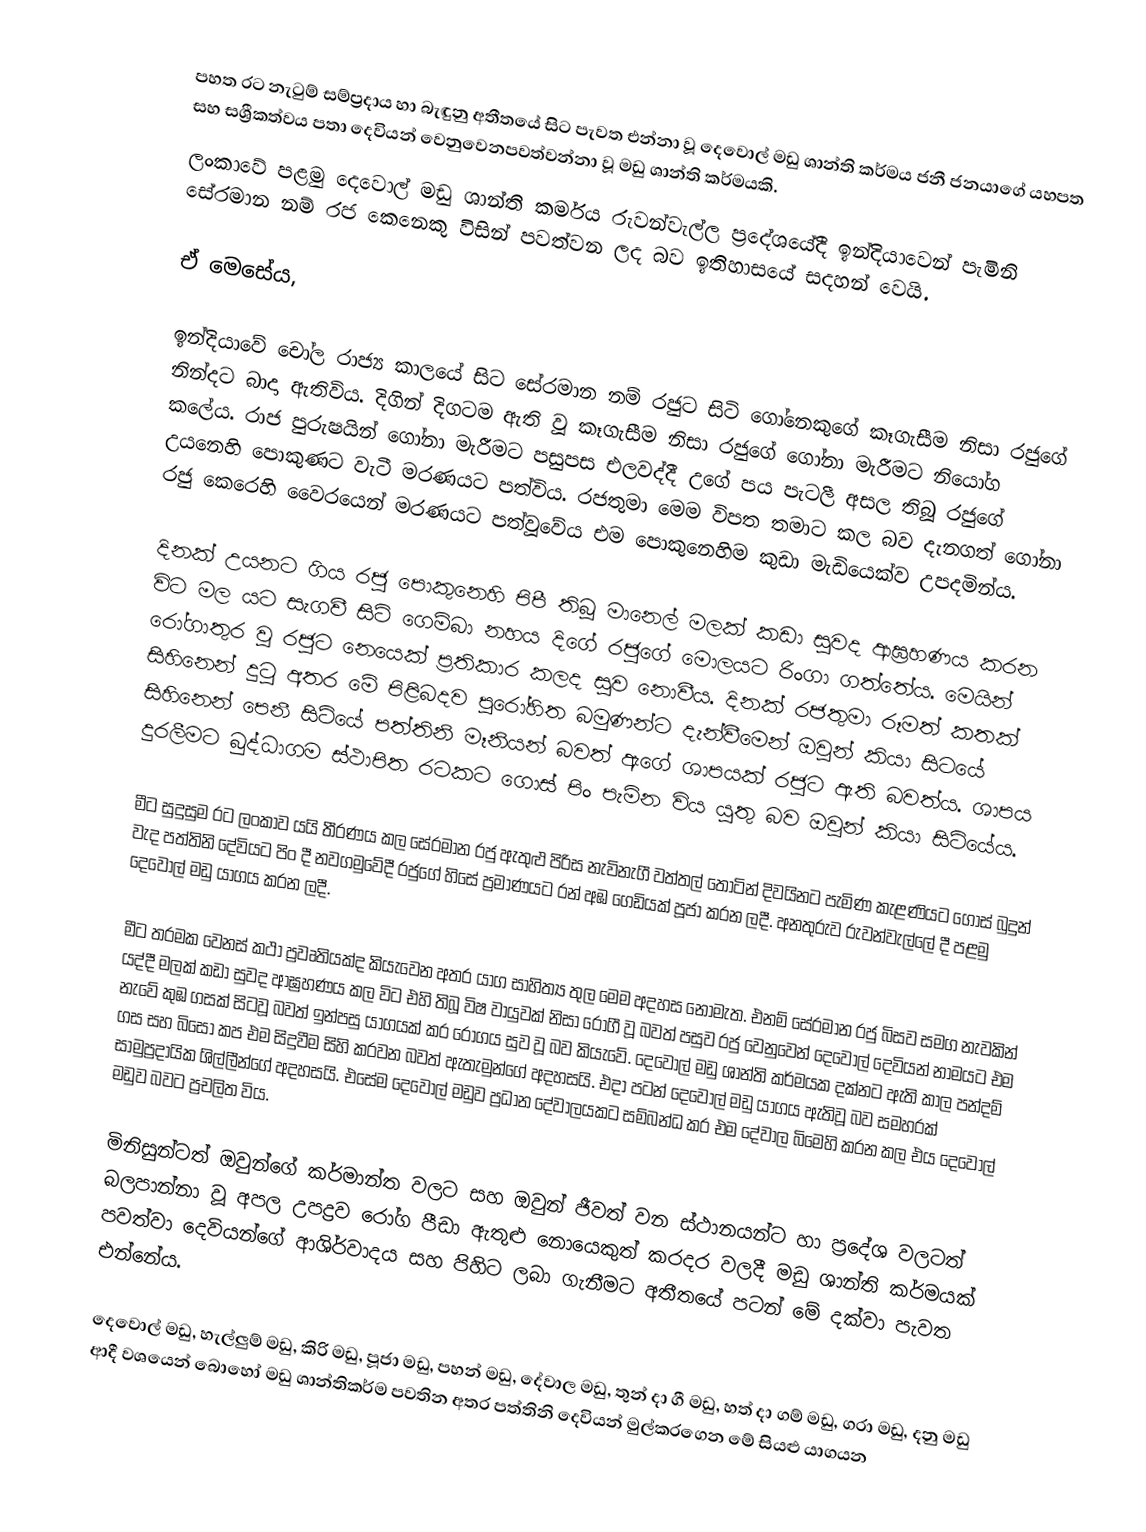
පහත රට නැටුම් සම්ප්‍රදාය හා බැඳුනු අතීතයේ සිට පැවත එන්නා වූ දෙවොල් මඩු ශාන්ති කර්මය ජනී ජනයාගේ යහපත සහ සශ්‍රීකත්වය පතා දෙවියන් වෙනුවෙනපවත්වන්නා වූ මඩු ශාන්ති කර්මයකි.
ලංකාවේ පළමු දෙවොල් මඩු ශාන්ති කර්මය රුවන්වැල්ල ප්‍රදේශයේදී ඉන්දියාවෙන් පැමිනි සේරමාන නම් රජ කෙනෙකු විසින් පවත්වන ලද බව ඉතිහාසයේ සදහන් වෙයි.

ඒ මෙසේය,

ඉන්දියාවේ චෝල රාජ්‍ය කාලයේ සිට සේරමාන නම් රජුට සිටි ගෝනෙකුගේ කෑගැසීම නිසා රජුගේ නින්දට බාදා ඇතිවිය. දිගින් දිගටම ඇති වූ කෑගැසීම නිසා රජුගේ ගෝනා මැරීමට නියෝග කලේය. රාජ පුරුෂයින් ගෝනා මැරීමට පසුපස එලවද්දී උගේ පය පැටලී අසල තිබූ රජුගේ උයනෙහි පොකුණට වැටී මරණයට පත්විය. රජතුමා මෙම විපත තමාට කල බව දැනගත් ගෝනා රජු කෙරෙහි වෛරයෙන් මරණයට පත්වූවේය එම පොකුනෙහිම කුඩා මැඩියෙක්ව උපදමින්ය.

දිනක් උයනට ගිය රජු පොකුනෙහි පිපී තිබූ මානෙල් මලක් කඩා සුවද ආඝ්‍රහණය කරන විට මල යට සැගවී සිටි ගෙම්බා නහය දිගේ රජුගේ මොලයට රිංගා ගත්තේය. මෙයින් රෝගාතුර වූ රජුට නෙයෙක් ප්‍රතිකාර කලද සුව නොවීය. දිනක් රජතුමා රූමත් කතක් සිහිනෙන් දුටු අතර මේ පිළිබදව පුරෝහිත බමුණන්ට දැන්වීමෙන් ඔවුන් කියා සිටයේ සිහිනෙන් පෙනී සිටියේ පත්තිනි මෑනියන් බවත් ඇගේ ශාපයක් රජුට ඇති බවත්ය. ශාපය දුරලීමට බුද්ධාගම ස්ථාපිත රටකට ගොස් පිං පැමින විය යුතු බව ඔවුන් කියා සිටියේය.

මීට සුදුසුම රට ලංකාව යයි තීරණය කල සේරමාන රජු ඇතුළු පිරිස නැවිනැගී වත්තල් තොටින් දිවයිනට පැමිණ කැළණියට ගොස් බුදුන් වැද පත්තිනි දේවියට පිං දී නවගමුවේදී රජුගේ හිසේ ප්‍රමාණයට රන් අඹ ගෙඩියක් පූජා කරන ලදී. අනතුරුව රුවන්වැල්ලේ දී පළමු දෙවොල් මඩු යාගය කරන ලදී.

මීට තරමක වෙනස් කථා ප්‍රවෘතියක්ද කියැවෙන අතර යාග සාහිත්‍ය තුල මෙම අදහස නොමැත. එනම් සේරමාන රජු බිසව සමග නැවකින් යද්දී මලක් කඩා සුවද ආඝ්‍රහණය කල විට එහි තිබූ විෂ වායුවක් නිසා රෝගී වූ බවත් පසුව රජු වෙනුවෙන් දෙවොල් දෙවියන් නාමයට එම නැවේ කුඹ ගසක් සිටවූ බවත් ඉන්පසු යාගයක් කර රෝගය සුව වූ බව කියැවේ. දෙවොල් මඩු ශාන්ති කර්මයක දක්නට ඇති කාල පන්දම් ගස සහ බිසෝ කප එම සිදුවීම සිහි කරවන බවත් ඇතැමුන්ගේ අදහසයි. එදා පටන් දෙවොල් මඩු යාගය ඇතිවූ බව සමහරක් සාමුප්‍රදායික ශිල්ලීන්ගේ අදහසයි. එසේම දෙවොල් මඩුව ප්‍රධාන දේවාලයකට සම්බන්ධ කර එම දේවාල බිමෙහි කරන කල එය දෙවොල් මඩුව බවට ප්‍රචලිත විය.

මිනිසුන්ටත් ඔවුන්ගේ කර්මාන්ත වලට සහ ඔවුන් ජීවත් වන ස්ථානයන්ට හා ප්‍රදේශ වලටත් බලපාන්නා වූ අපල උපද්‍රව රෝග පීඩා ඇතුළු නොයෙකුත් කරදර වලදී මඩු ශාන්ති කර්මයක් පවත්වා දෙවියන්ගේ ආශිර්වාදය සහ පිහිට ලබා ගැනීමට අතීතයේ පටන් මේ දක්වා පැවත එන්නේය.

දෙවොල් මඩු, හැල්ලුම් මඩු, කිරි මඩු, පූජා මඩු, පහන් මඩු, දේවාල මඩු, තුන් දා ගී මඩු, හත් දා ගම් මඩු, ගරා මඩු, දනු මඩු ආදී වශයෙන් බොහෝ මඩු ශාන්තිකර්ම පවතින අතර පත්තිනි දෙවියන් මුල්කරගෙන මේ සියළු යාගයන